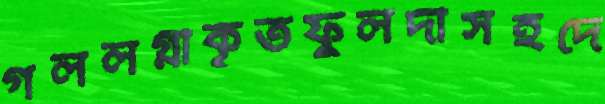
গললগ্নীকৃতফুলদীসহদে